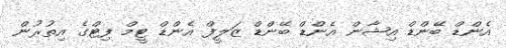
އެންޑް ބޭންޑް އިޝާން އެންޑް ބޭންޑް ޒަލީފް އެންޑް ޓީމް ފިޓްގެ އިތުރުން